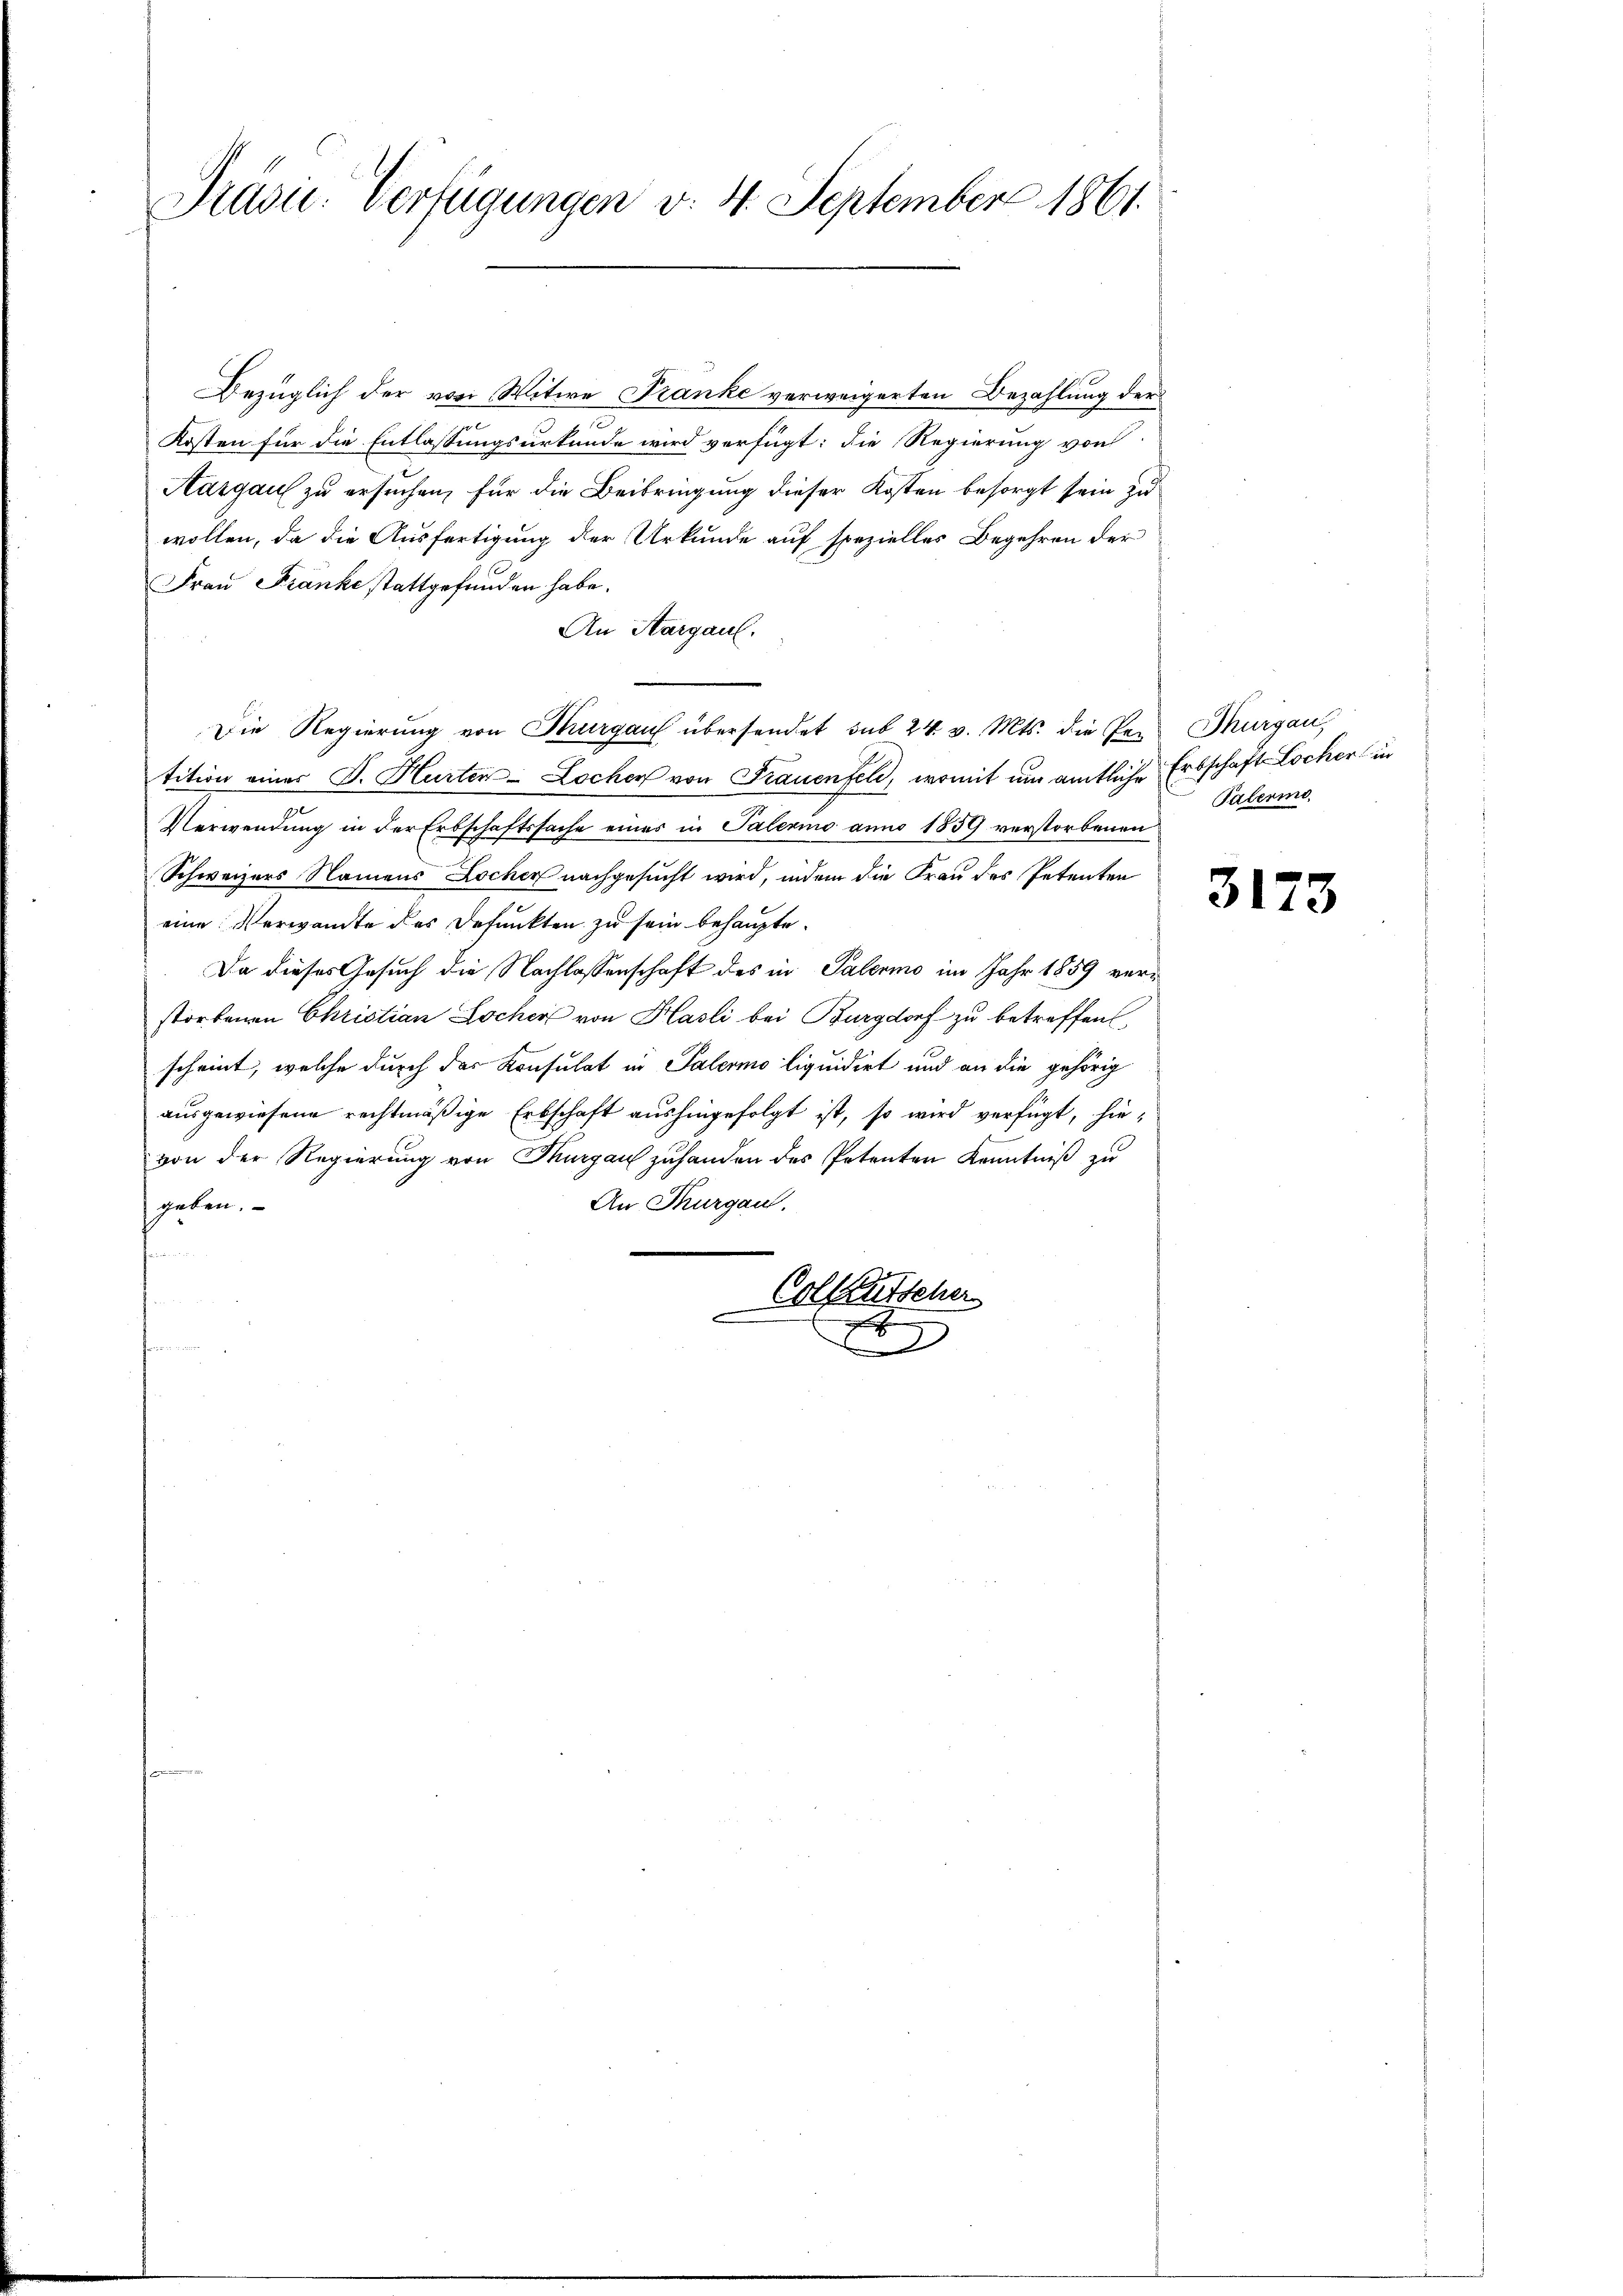
Präsie-Verfügungen v. 4. September 1861

Bezüglich der von Witwe Franke verweigerten Bezahlung der
Kosten für die Entlassungsurkunde wird verfügt: die Regierung von
Aargau zu ersuchen, für die Beibringung dieser Kosten besorgt sein zu
wollen, da die Ausfertigung der Urkunde auf spezielles Begehren der
Frau Franke stattgefunden habe.
An Aargaul.
Die Regierung von Thurgau übersendet sub 24. v. Mts. die Per Thurgau,
tition einer J. Hurten-Lochen von Frauenfeld, womit um amtliche Erbschaft Locher in
Verwendung in der Erbschaftssache eines in Palermo anno 1859 verstorbenen
Schweizers Namens Locher nachgesucht wird, indem die Frau des Petenten
eine Verwandte des defunkten zu sein behaupte.
Da dieses Gesuch die Nachlassenschaft des in Palermo im Jahr 1859 verstorbenen Christian Locher von Hasli bei Burgdorf zu betreffen,
scheint, welche durch der Konsulat in Palermo liquidirt und an die gehörig
ausgewiesene rechtmäßige Erbschaft aushingefolgt ist, so wird verfügt, hievon der Regierung von Thurgau zuhanden des Petenten Kenntniß zu
An Thurgau.
geben.
s
Colketscher

a
.

Palermo

3173